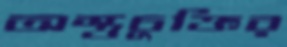
অস্ত্রচুক্তির